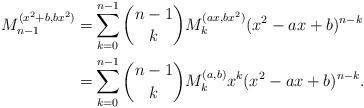
LaTeX: \begin{align*}M_{n-1}^{(x^2+b,bx^2)}=&\sum_{k=0}^{n-1}\binom{n-1}{k} M_k^{(ax,bx^2)}(x^2-ax+b)^{n-k}\\=&\sum_{k=0}^{n-1}\binom{n-1}{k} M_k^{(a,b)}x^k(x^2-ax+b)^{n-k}.\end{align*}